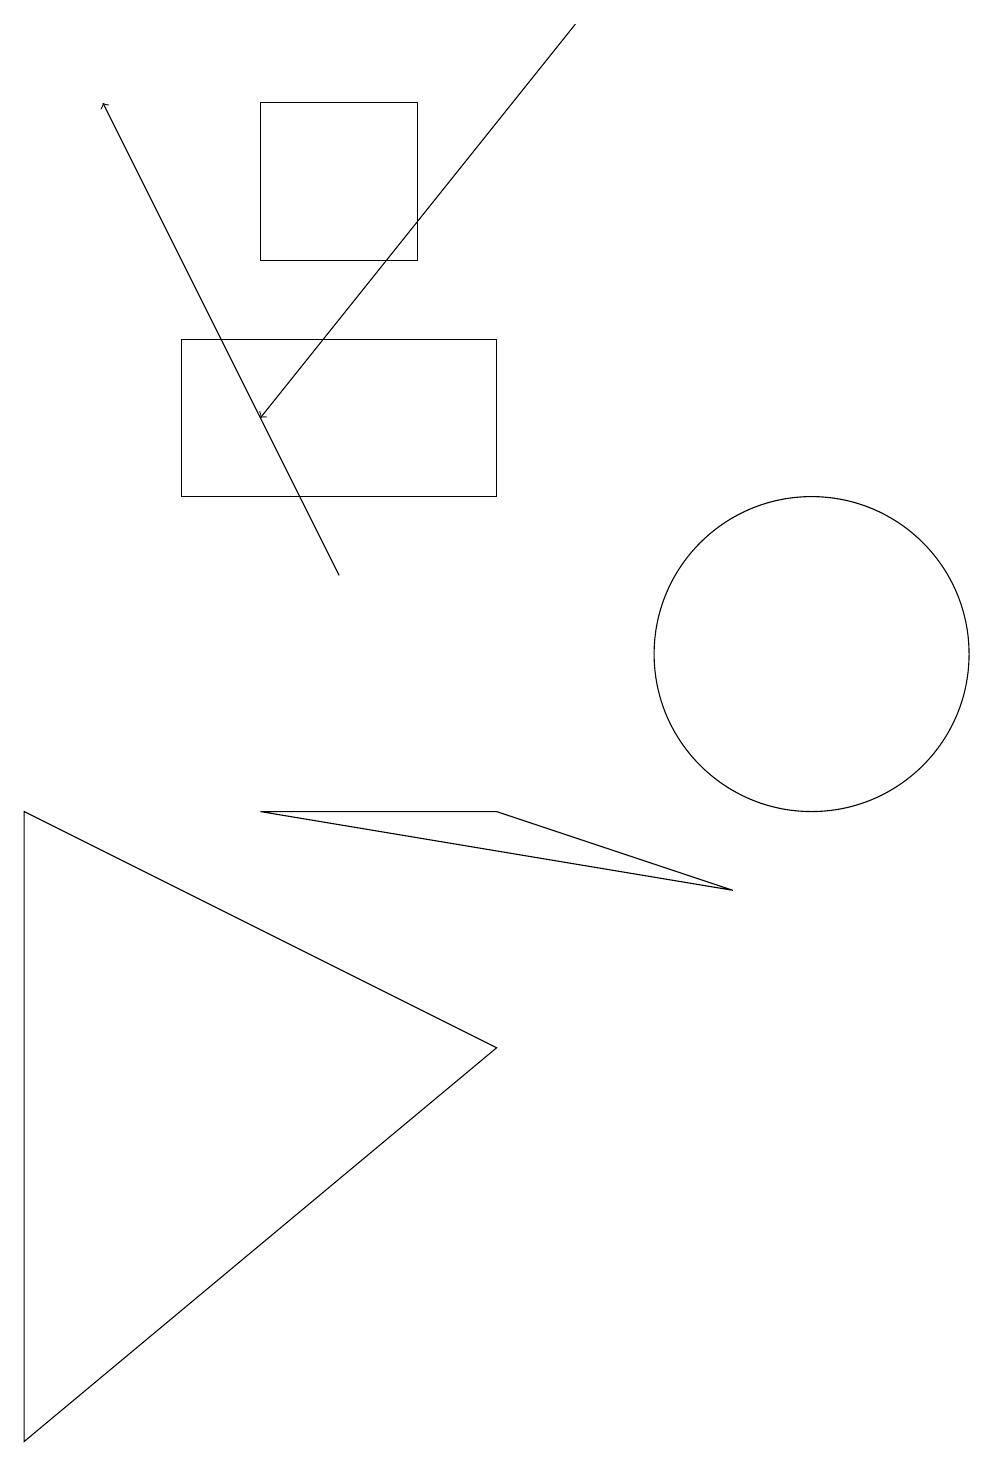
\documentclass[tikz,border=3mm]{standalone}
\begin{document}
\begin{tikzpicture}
\draw (9,7) -- (3,8) -- (6,8) -- cycle;
\draw (6,5) -- (0,0) -- (0,8) -- cycle;
\draw (5,17) rectangle (3,15);
\draw[->] (4,11) -- (1,17);
\draw (2,12) rectangle (6,14);
\draw (10,10) circle (2);
\draw[->] (7,18) -- (3,13);
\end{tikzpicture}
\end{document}